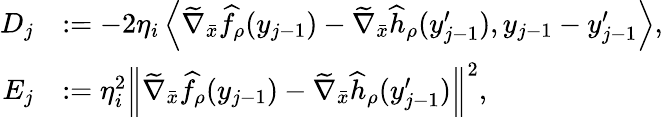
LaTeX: \begin{array}{rl}{D_{j}}&{:=-2\eta_{i}\left\langle\widetilde{\nabla}_{\bar{x}}\widehat{f}_{\rho}(y_{j-1})-\widetilde{\nabla}_{\bar{x}}\widehat{h}_{\rho}(y_{j-1}^{\prime}),y_{j-1}-y_{j-1}^{\prime}\right\rangle,}\\ {E_{j}}&{:=\eta_{i}^{2}\left\lVert\widetilde{\nabla}_{\bar{x}}\widehat{f}_{\rho}(y_{j-1})-\widetilde{\nabla}_{\bar{x}}\widehat{h}_{\rho}(y_{j-1}^{\prime})\right\rVert^{2},}\end{array}